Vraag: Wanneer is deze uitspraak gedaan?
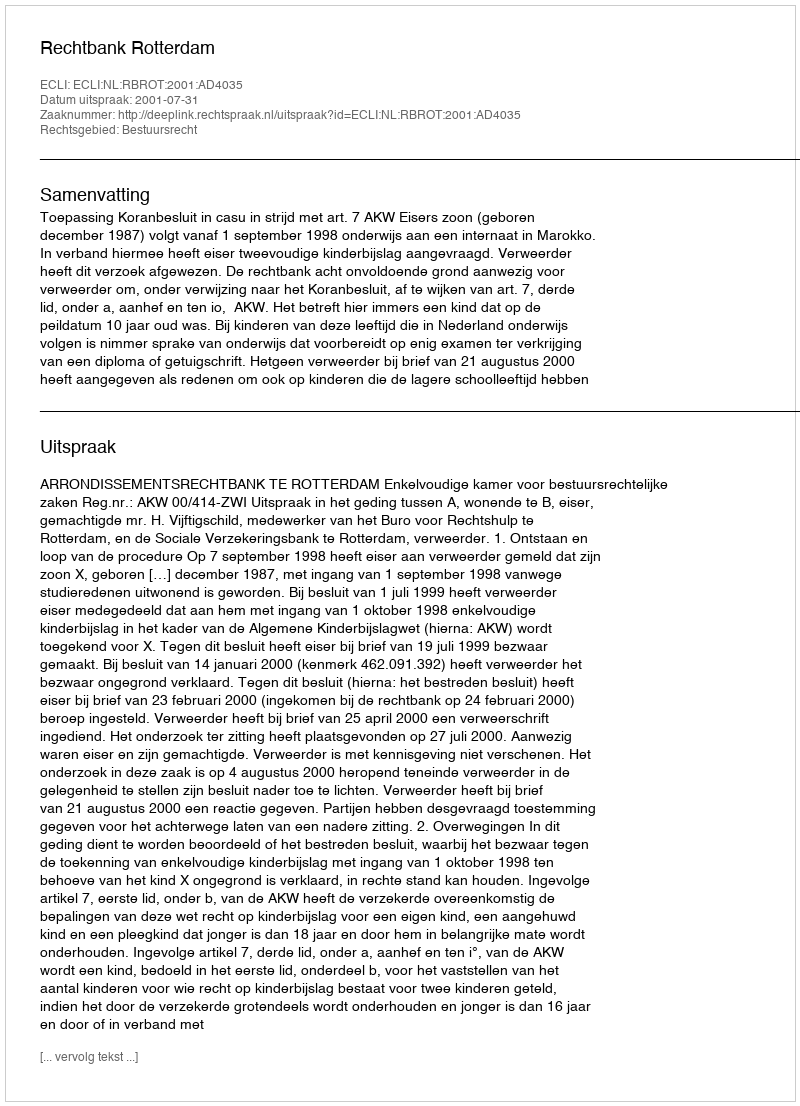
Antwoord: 2001-07-31